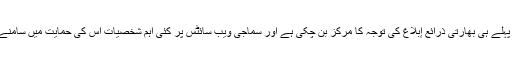
تاہم زائرا پہلے ہی بھارتی ذرائع إبلاغ کی توجہ کا مرکز بن چکی ہے اور سماجی ویب سائٹس پر کئی اہم شخصيات اُس کی حمایت میں سامنے گئی ہیں۔